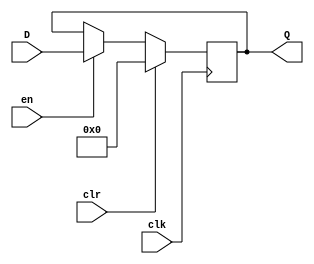
module gen_reg #(parameter VAL = 0)(
	output reg [31:0] Q,
	input [31:0] D,
	input en, clr, clk
);
	initial Q = VAL;
	
	always @(posedge clk)
	begin
		if(clr)
			Q = 0;
		else if(en)
			Q = D;
		end
endmodule //gen_reg